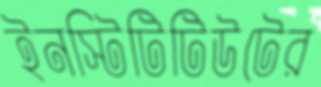
ইনস্টিটিটিউটের